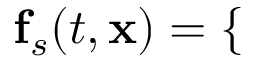
\mathbf { f } _ { s } ( t , \mathbf { x } ) = \left\{ \begin{array} { l l } \end{array} \right.